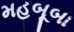
મહબૂબા